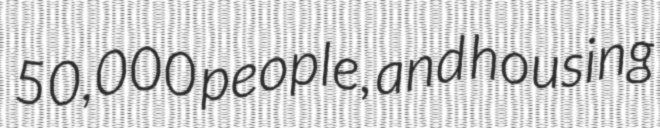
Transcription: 50,000 people, and housing